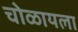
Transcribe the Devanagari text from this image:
चोळायला